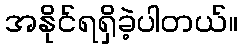
အနိုင်ရရှိခဲ့ပါတယ်။